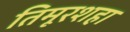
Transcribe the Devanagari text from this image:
तिमूरशहा